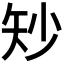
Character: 𪿉